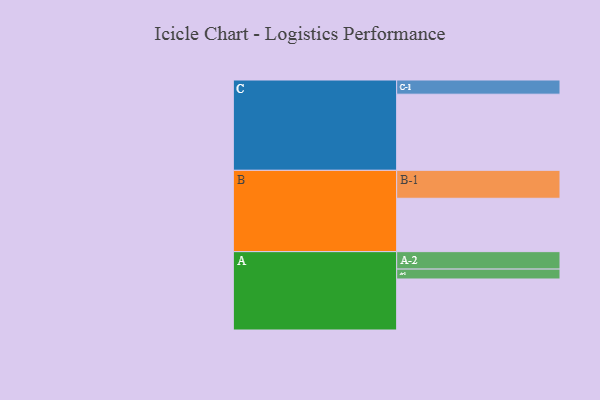
{"axis": {"x": "Segment", "y": "Value"}, "legend": ["", "A", "B", "C"], "data": [{"x": "A", "y": 345, "type": ""}, {"x": "B", "y": 361, "type": ""}, {"x": "C", "y": 515, "type": ""}, {"x": "A-1", "y": 67, "type": "A"}, {"x": "A-2", "y": 118, "type": "A"}, {"x": "B-1", "y": 189, "type": "B"}, {"x": "C-1", "y": 96, "type": "C"}]}